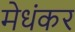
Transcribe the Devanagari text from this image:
मेधंकर